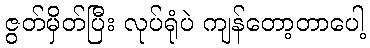
ဇွတ်မှိတ်ပြီး လုပ်ရုံပဲ ကျန်တော့တာပေါ့